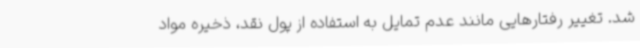
شد. تغییر رفتارهایی مانند عدم تمایل به استفاده از پول نقد، ذخیره مواد